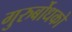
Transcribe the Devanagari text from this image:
गुरुर्बोधको